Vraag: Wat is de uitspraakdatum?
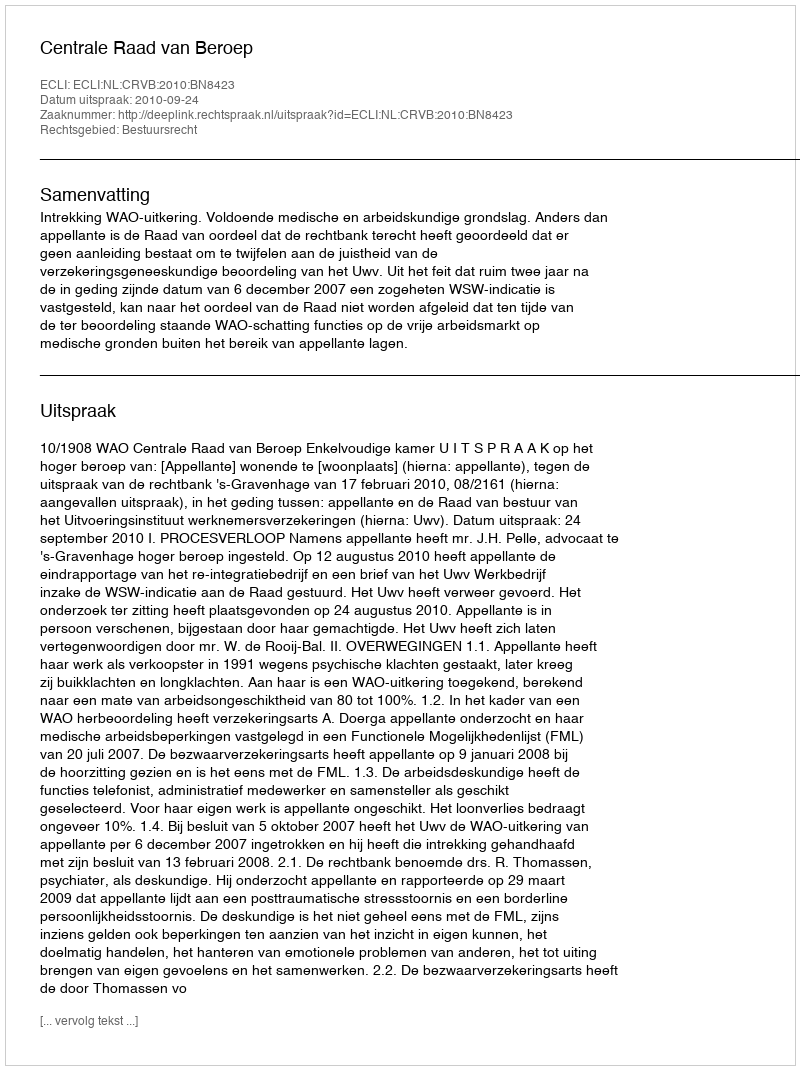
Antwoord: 2010-09-24